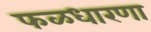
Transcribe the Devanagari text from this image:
फळधारणा